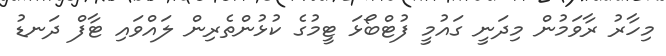
މިހާރު ރާވަމުން މިދަނީ ގައުމީ ފުޓްބޯޅަ ޓީމުގެ ކުޅުންތެރިން ލައްވައި ޓާފް ދަނޑު